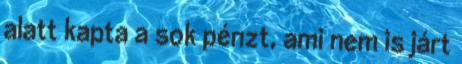
alatt kapta a sok pénzt, ami nem is járt